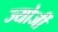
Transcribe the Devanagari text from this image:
ज्योर्जी